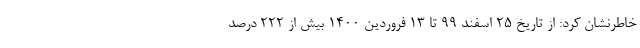
خاطرنشان کرد: از تاریخ ۲۵ اسفند ۹۹ تا ۱۳ فروردین ۱۴۰۰ بیش از ۲۲۲ درصد